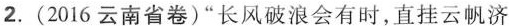
2.(2016云南省卷)”长风破浪会有时，直挂云帆济